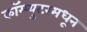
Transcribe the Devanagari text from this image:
कॉम्प्युटरमधून